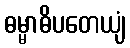
ဓမ္မာဓိပတေယျံ